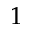
1